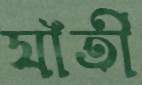
যাঁতী